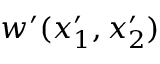
w ^ { \prime } ( x _ { 1 } ^ { \prime } , x _ { 2 } ^ { \prime } )